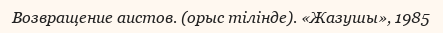
Возвращение аистов. (орыс тілінде). «Жазушы», 1985